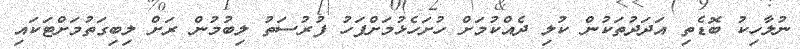
ނުލާހިކު ބޮޑެތި އަދަދުތަކުން ކުލި ދެއްކުމަށް ހުށަހެޅުމަށްފަހު ފުރުސަތު ލިބުމުން ރަށް ލިބިގަތުމަށްޓަކައި